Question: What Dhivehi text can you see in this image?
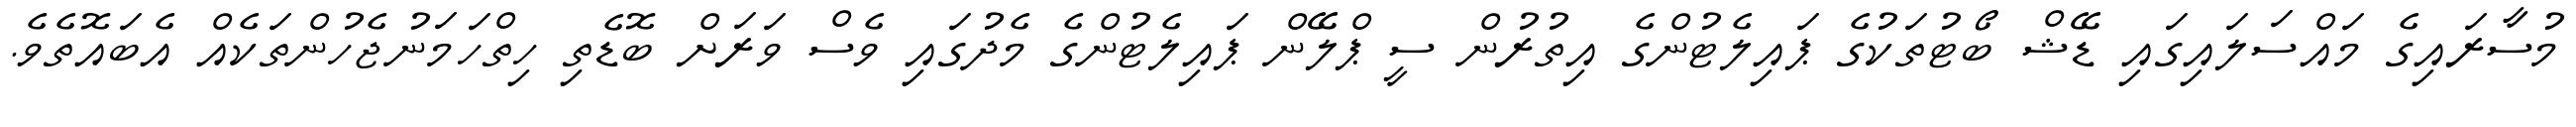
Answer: މުސާރައިގެ މައްސަލައިގައި ޑޭޝް ބޯޓުތަކުގެ ޕައިލެޓުންގެ އިތުރުން ސީ ޕްލޭން ޕައިލެޓުންގެ މެދުގައި ވެސް ވަރަށް ބޮޑެތި ހިތްހަމަނުޖެހުންތަކެއް އެބައޮތެވެ.